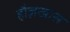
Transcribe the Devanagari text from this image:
हौज़खास